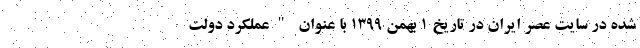
شده در سایت عصر ایران در تاریخ 1 بهمن 1399 با عنوان "عملکرد دولت